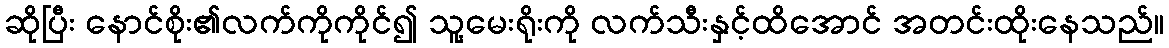
ဆိုပြီး နောင်စိုး၏လက်ကိုကိုင်၍ သူ့မေးရိုးကို လက်သီးနှင့်ထိအောင် အတင်းထိုးနေသည်။